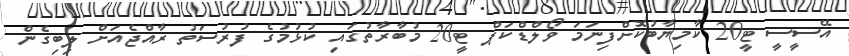
އޭސީސީ ޓީ20 ކާމިޔާބުކޮށްފިނަމަ ވޯލްޑްކަޕް ޓީ20 މުބާރާތުގައި ކުޅުމުގެ ފުރުސަތު ރާއްޖެއަށް ލިބިގެން